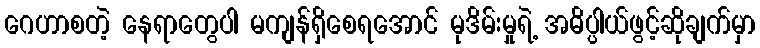
ဂေဟာစတဲ့ နေရာတွေပါ မကျန်ရှိစေရအောင် မုဒိမ်းမှုရဲ့ အဓိပ္ပါယ်ဖွင့်ဆိုချက်မှာ